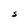
Character: S